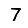
Digit: 7